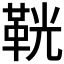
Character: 𩊠